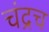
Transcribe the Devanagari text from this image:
चंद्रच